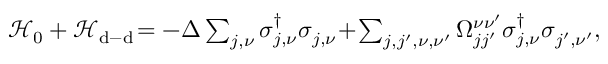
\begin{array} { r } { \mathcal { H } _ { 0 } + \mathcal { H } _ { \mathrm { d - d } } \! = - \Delta \sum _ { j , \nu } \sigma _ { j , \nu } ^ { \dagger } \sigma _ { j , \nu } ^ { \phantom { \dagger } } \! + \! \sum _ { j , j ^ { \prime } , \nu , \nu ^ { \prime } } \Omega _ { j j ^ { \prime } } ^ { \nu \nu ^ { \prime } } \sigma _ { j , \nu } ^ { \dagger } \sigma _ { j ^ { \prime } , \nu ^ { \prime } } ^ { \phantom { \dagger } } , } \end{array}